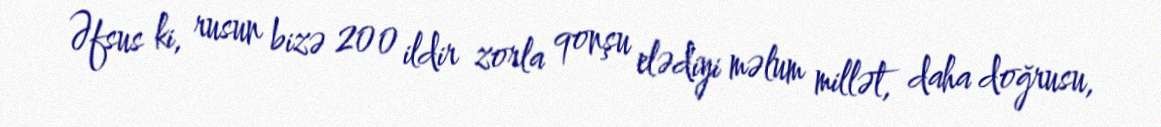
Əfsus ki, rusun bizə 200 ildir zorla qonşu elədiyi məlum millət, daha doğrusu,